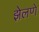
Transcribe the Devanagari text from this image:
झेलणे